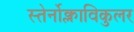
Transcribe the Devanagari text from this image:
स्तेर्नोक्लाविकुलर